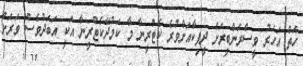
ހަތް އަހަރު ވީސްރަންބީރަށް ދީޕިކާއަށްވުރެ ކެޓްރީނާ މާ ކަމުދޭކެޓްރީނާ އަކީ އަބަދުވެސް ވަރަށް